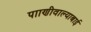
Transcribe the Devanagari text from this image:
पााणीवाल्याबाई